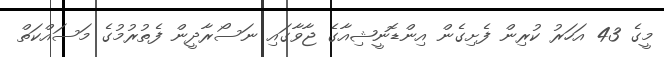
މީގެ 43 އަހަރު ކުރިން ފެށިގެން އިންޑޮނީޝިއާގެ ޖާވާގައި ނަސޯރާދީން ފެތުރުމުގެ މަސައްކަތް